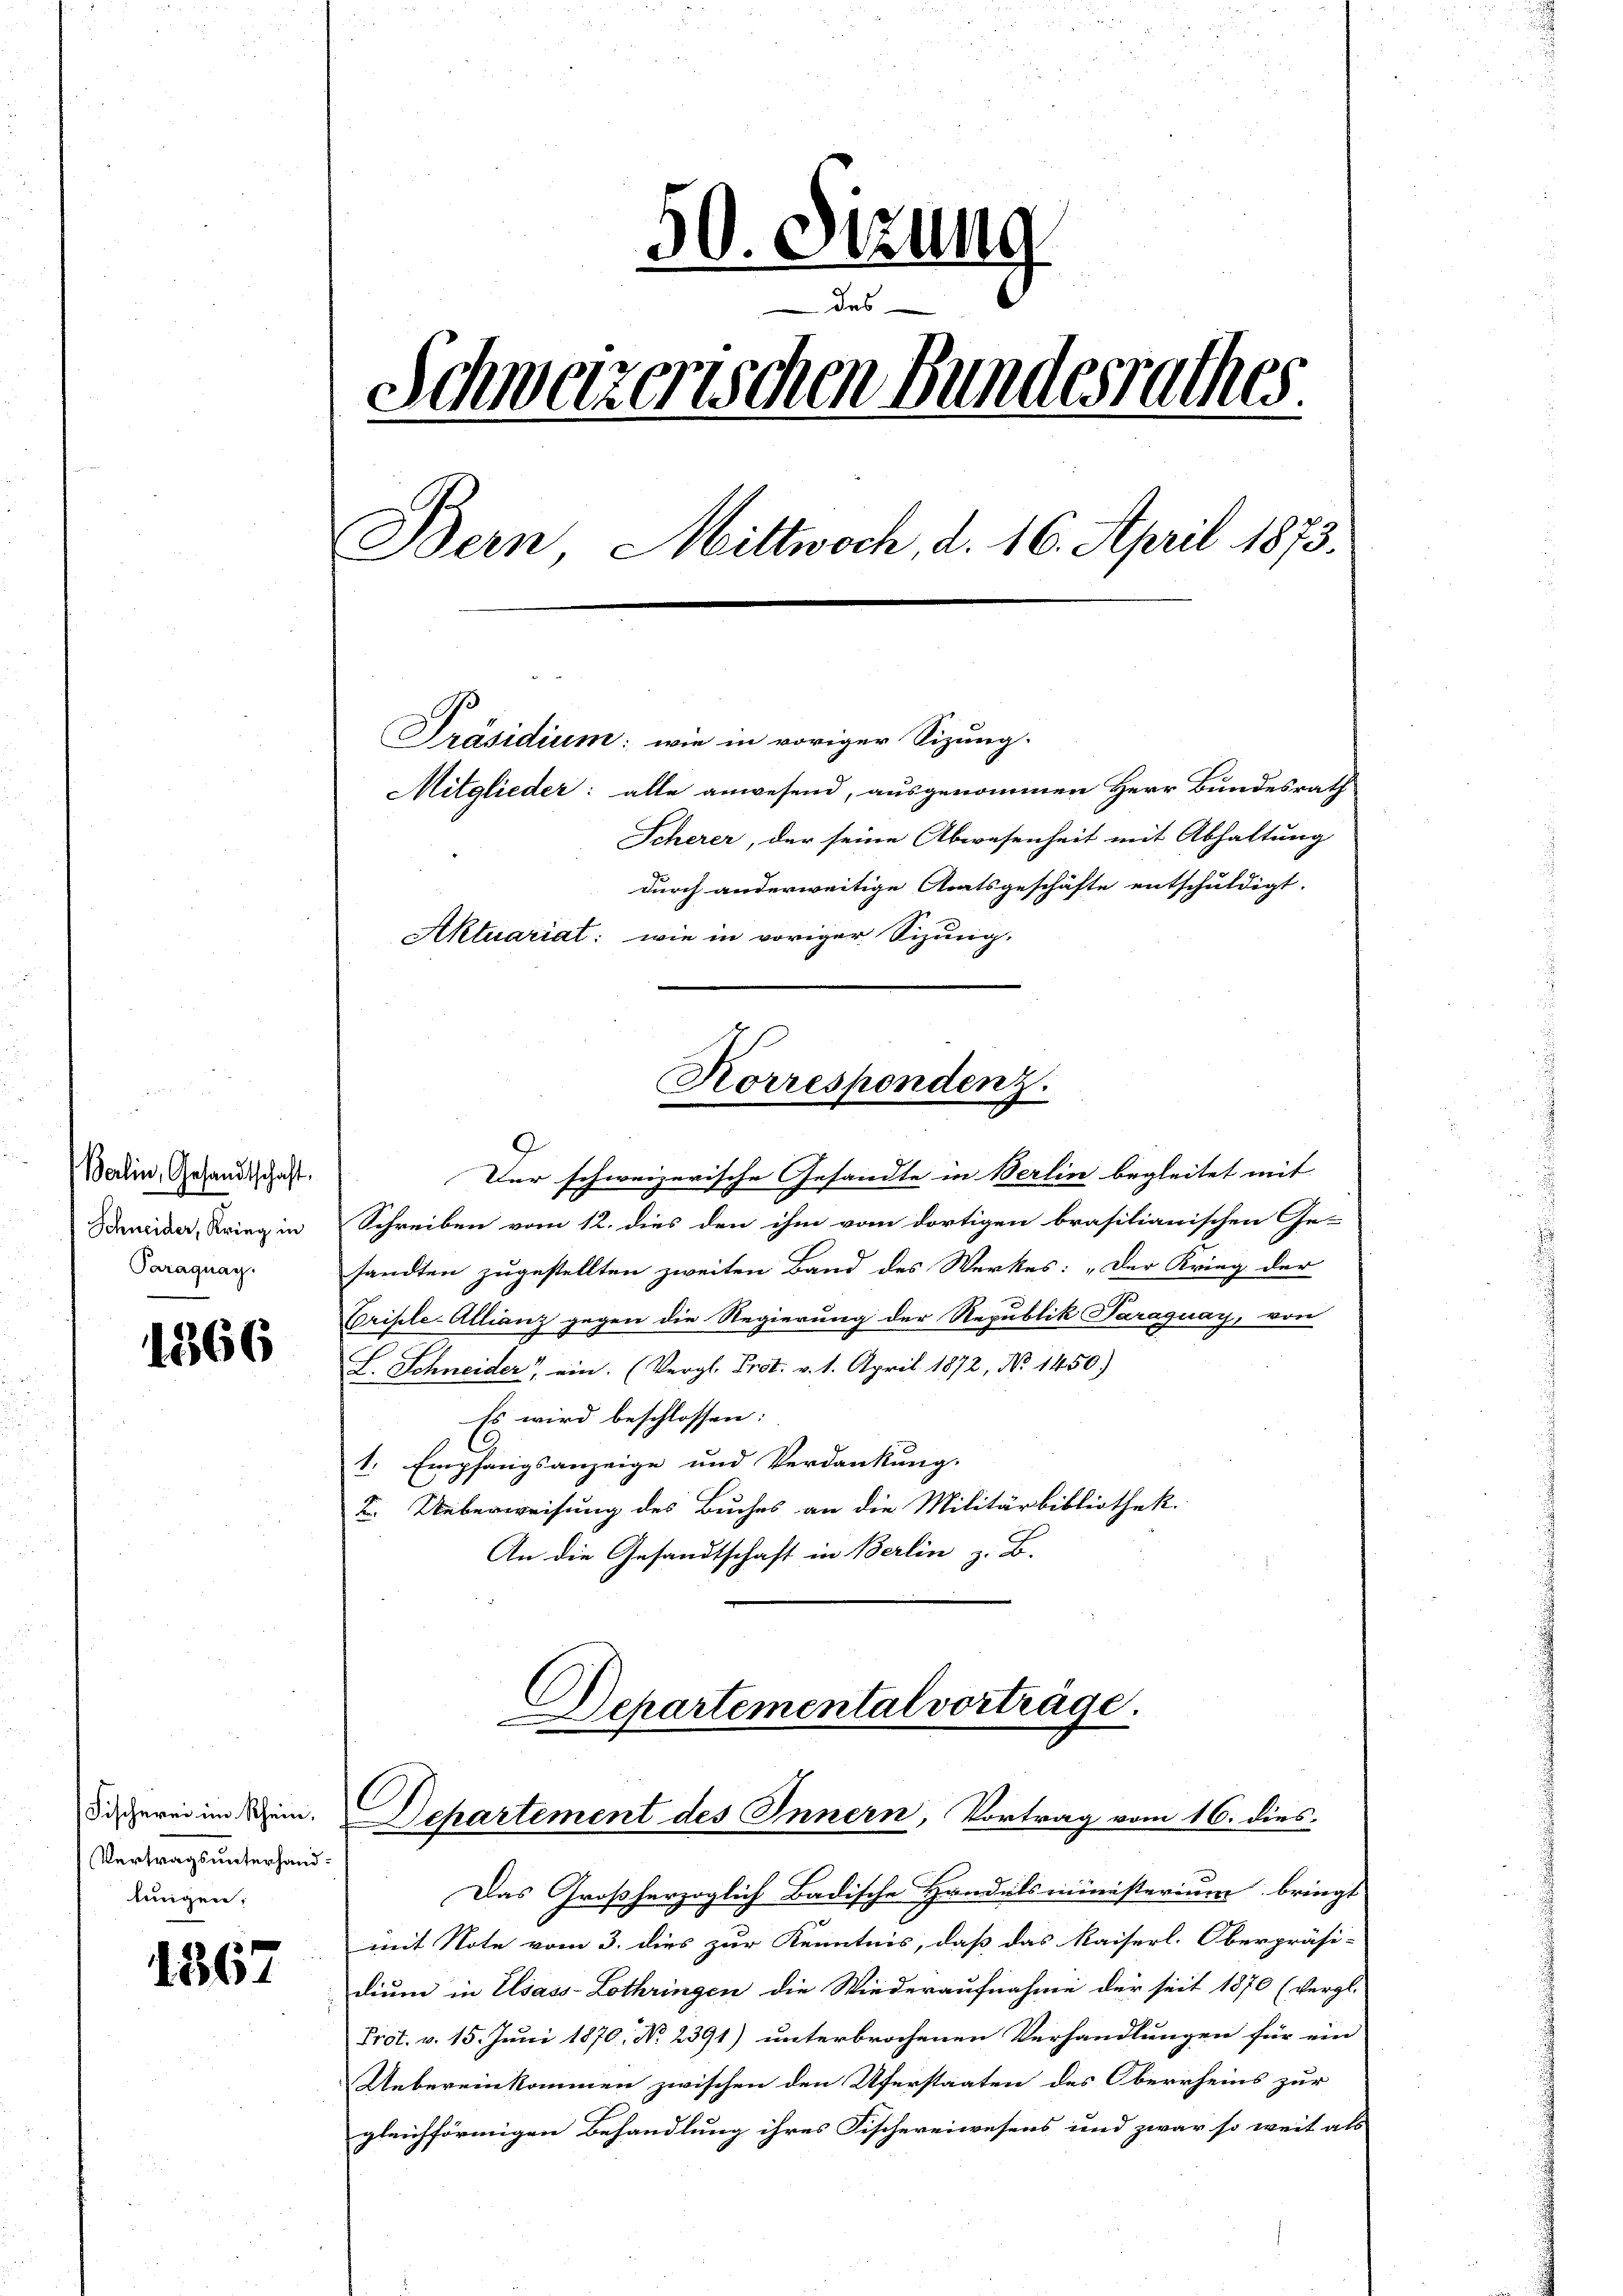
Berlin, Gesandtschaft.
Paraguay.

1366

Fischerei im Rhein,
Vertragsunterhand.
lingen:

1367

50. Sizung
Schweizerischen Bundesrathes.
Bern, Mittwoch, d. 16. April 1873.
Präsidium: wie in voriger Sizung.
Mitglieder: alle anwesend, ausgenommen Herr Bundesrath
Scherer, der seine Abwesenheit mit Abhaltung
durch anderweitige Amtsgeschäfte entschuldigt.
Aktuariat: wie in voriger Sizung.

9
Der schweizerische Gesandte in Berlin begleitet mit
Sneider, Krieg in Schreiben vom 12. dies den ihm vom dortigen brasilianischen Ge-
sandten zugestellten zweiten Band des Werkes: „Der Krieg der
Crisele-Allianz gegen die Regierung der Republik Paraguay, von
L. Schneider ein. (Vergl. Prot. v. 1. April 1872, No 1450)
Es wird beschlossen:
1. Empfangsanzeige und Verdankung.
2. Ueberweisung des Buches an die Militärbibliothek.
An die Gesandtschaft in Berlin z. B.

Korrespondenz.

Departemental vorträge.
Dchartement des Innern, Vortrag vom 16. dies

a
Das Großherzoglich Badische Handelsministerium bringt
mit Note vom 3. dies zur Kenntnis, daß das Kaiserl. Oberpräsi-
dium in Elsass-Lothringen die Wiederaufnahme der seit 1870 (vergl.
Prot. v. 15. Juni 1870. No. 2391) unterbrochenen Verhandlungen für ein
Uebereinkommen zwischen den Uferstaaten des Oberrheins zur
gleichförmigen Behandlung ihres Fischereiwesens und zwar so weit als